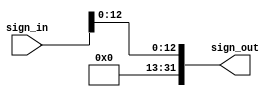
//------------------------------------------------------------------------------
// Sign exted 16-bits to 32
//------------------------------------------------------------------------------


`timescale 1 ns / 1 ps

module signextend(

input [13:0] sign_in,
output [31:0] sign_out
  );

generate
genvar i;
for (i=14; i<32; i=i+1) begin
    assign sign_out[i] = sign_in[13];
end
endgenerate

assign sign_out[15:0] = sign_in[13:0];

endmodule